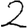
Digit: 2